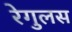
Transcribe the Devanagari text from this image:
रेगुलस